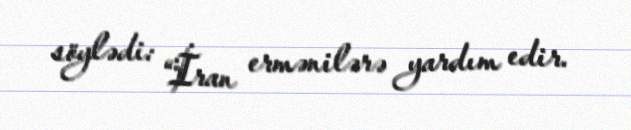
söylədi: “İran ermənilərə yardım edir.